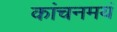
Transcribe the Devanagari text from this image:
कांचनमयं